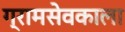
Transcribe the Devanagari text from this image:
ग्रामसेवकाला